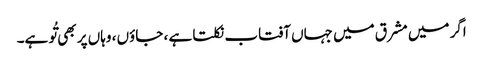
اگر میں مشرق میں جہاں آفتاب نکلتا ہے ، جاؤں ، وہاں پر بھی تُو ہے۔